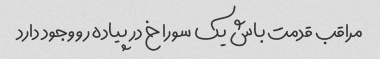
مراقب قدمت باش یک سوراخ در پیاده رو وجود دارد